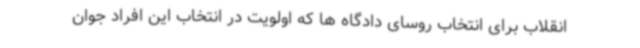
انقلاب برای انتخاب روسای دادگاه ها که اولویت در انتخاب این افراد جوان